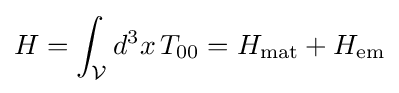
H=\int _{\mathcal {V}}d^{3}x\,T_{00}=H_{\rm {mat}}+H_{\rm {em}}